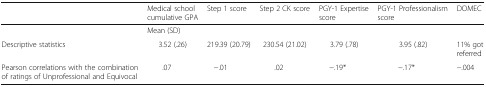
<table><thead><tr><td></td><td><b>Medical school cumulative GPA</b></td><td><b>Step 1 score</b></td><td><b>Step 2 CK score</b></td><td><b>PGY-1 Expertise score</b></td><td><b>PGY-1 Professionalism score</b></td><td><b>DOMEC</b></td></tr></thead><tbody><tr><td></td><td colspan="5">Mean (SD)</td><td></td></tr><tr><td>Descriptive statistics</td><td>3.52 (.26)</td><td>219.39 (20.79)</td><td>230.54 (21.02)</td><td>3.79 (.78)</td><td>3.95 (.82)</td><td>11% got referred</td></tr><tr><td>Pearson correlations with the combination of ratings of Unprofessional and Equivocal</td><td>.07</td><td>−.01</td><td>.02</td><td>−.19*</td><td>−.17*</td><td>−.004</td></tr></tbody></table>